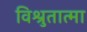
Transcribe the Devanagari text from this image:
विश्रुतात्मा